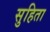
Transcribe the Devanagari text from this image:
सुहिता